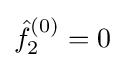
{\hat {f}}_{2}^{(0)}=0